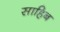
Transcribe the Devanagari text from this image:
साहिब